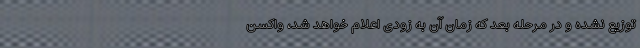
توزیع نشده و در مرحله بعد که زمان آن به زودی اعلام خواهد شد، واکسن